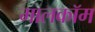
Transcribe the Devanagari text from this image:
मालकॉम